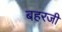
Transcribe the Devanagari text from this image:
बहरजी